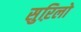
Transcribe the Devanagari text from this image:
सुऱिलो